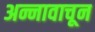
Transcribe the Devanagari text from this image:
अन्नावाचून